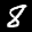
Label: 8